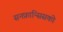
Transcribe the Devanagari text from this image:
सनफ्रान्सिसको